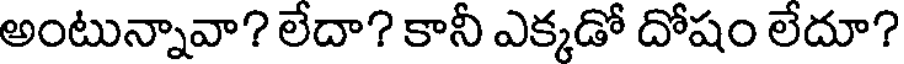
అంటున్నావా? లేదా? కానీ ఎక్కడో దోషం లేదూ?